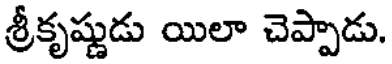
శ్రీకృష్ణుడు యిలా చెప్పాడు.